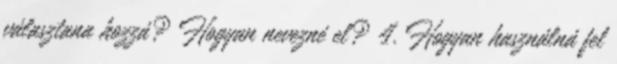
választana hozzá? Hogyan nevezné el? 4. Hogyan használná fel